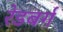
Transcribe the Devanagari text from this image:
रेडबर्ग